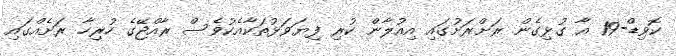
ކޮވިޑް-19 އާ ގުޅިގެން ރަށްރަށުގައި އިއުލާން ކުރި ފިޔަވަޅުތަކާއެކުވެސް ރާއްޖޭގެ ހުރިހާ ރަށެއްގައި